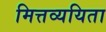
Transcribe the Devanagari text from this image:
मित्तव्ययिता